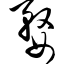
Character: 婺